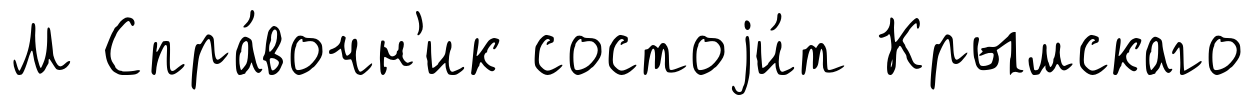
М Спра́вочн'ик состоjи́т Крымскаго